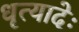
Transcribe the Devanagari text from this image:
धृत्यादेः